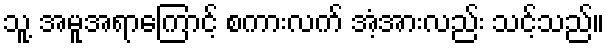
သူ့ အမူအရာကြောင့် စကားလက် အံ့အားလည်း သင့်သည်။